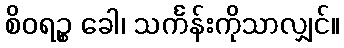
စိဝရဉ္စ ခေါ၊ သင်္ကန်းကိုသာလျှင်။